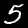
Digit: 5